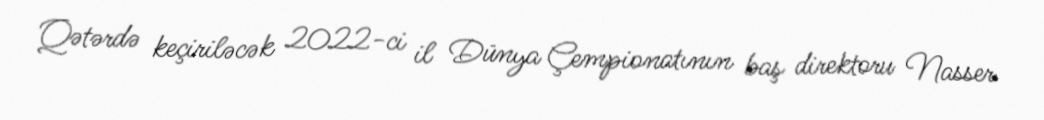
Qətərdə keçiriləcək 2022-ci il Dünya Çempionatının baş direktoru Nasser